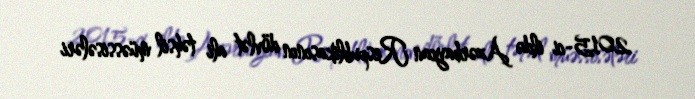
2015-ci ildə Azərbaycan Respublikasının dövlət ali təhsil müəssisələri